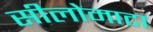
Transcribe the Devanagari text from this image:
सीलोमाटा